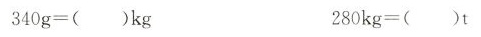
$$3 4 0 g = ( ) k g$$ $$2 8 0 k g = ( ) t$$